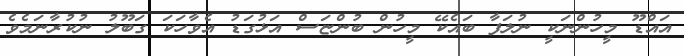
އައްޑޫ މީހުންނަކީ ނުލަފާ ބައެކޭ މީހުން ބުންޏަސް އަޅުގަޑު އެވާހަކަ ގަބޫލު ނުކުރާނަމެވެ